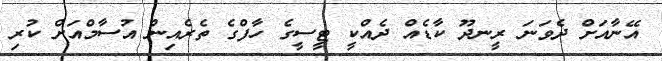
އޭނާއަށް ދެވަނަ ރީނދޫ ކާޑެއް ދެއްކީ ޓީސީގެ ހާފްގެ ތެރެއިން އުސާމްއަށް ކުރި